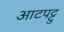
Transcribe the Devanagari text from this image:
आटपट्टु